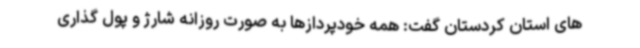
های استان کردستان گفت: همه خودپردازها به صورت روزانه شارژ و پول گذاری